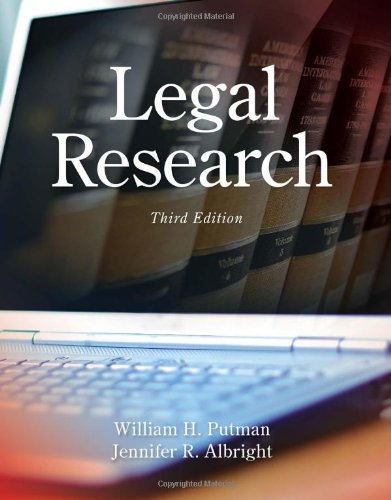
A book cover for Legal Research; William H. Putman; Law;